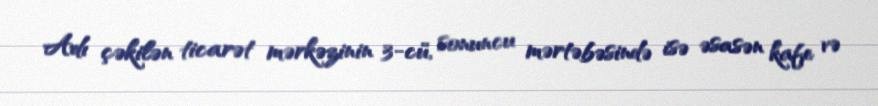
Adı çəkilən ticarət mərkəzinin 3-cü, sonuncu mərtəbəsində isə əsasən kafe və